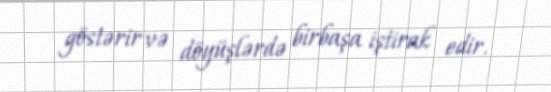
göstərir və döyüşlərdə birbaşa iştirak edir.